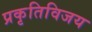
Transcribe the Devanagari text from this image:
प्रकृतिविजय